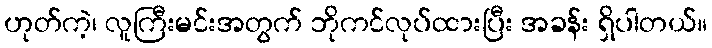
ဟုတ်ကဲ့၊ လူကြီးမင်းအတွက် ဘိုကင်လုပ်ထားပြီး အခန်း ရှိပါတယ်။